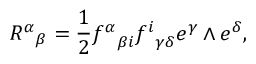
{ { \, R ^ { \alpha } } } _ { \beta } = { \frac { 1 } { 2 } } { f ^ { \alpha } } _ { \beta i } { f ^ { i } } _ { \gamma \delta } e ^ { \gamma } \wedge e ^ { \delta } ,